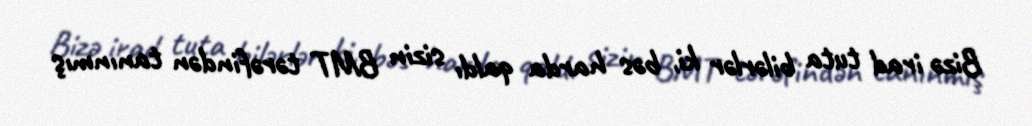
Bizə irad tuta bilərlər ki, bəs harda qaldı sizin BMT tərəfindən tanınmış